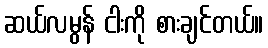
ဆယ်လမွန် ငါးကို စားချင်တယ်။